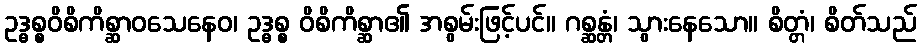
ဥဒ္ဓစ္စဝိစိကိစ္ဆာဝသေနေဝ၊ ဥဒ္ဓစ္စ ဝိစိကိစ္ဆာ၏ အစွမ်းဖြင့်ပင်။ ဂစ္ဆန္တံ၊ သွားနေသော။ စိတ္တံ၊ စိတ်သည်